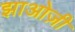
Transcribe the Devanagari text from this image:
झाओज़ी